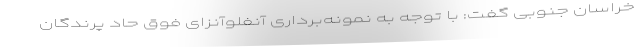
خراسان جنوبی گفت: با توجه به نمونه‌برداری آنفلوآنزای فوق حاد پرندگان